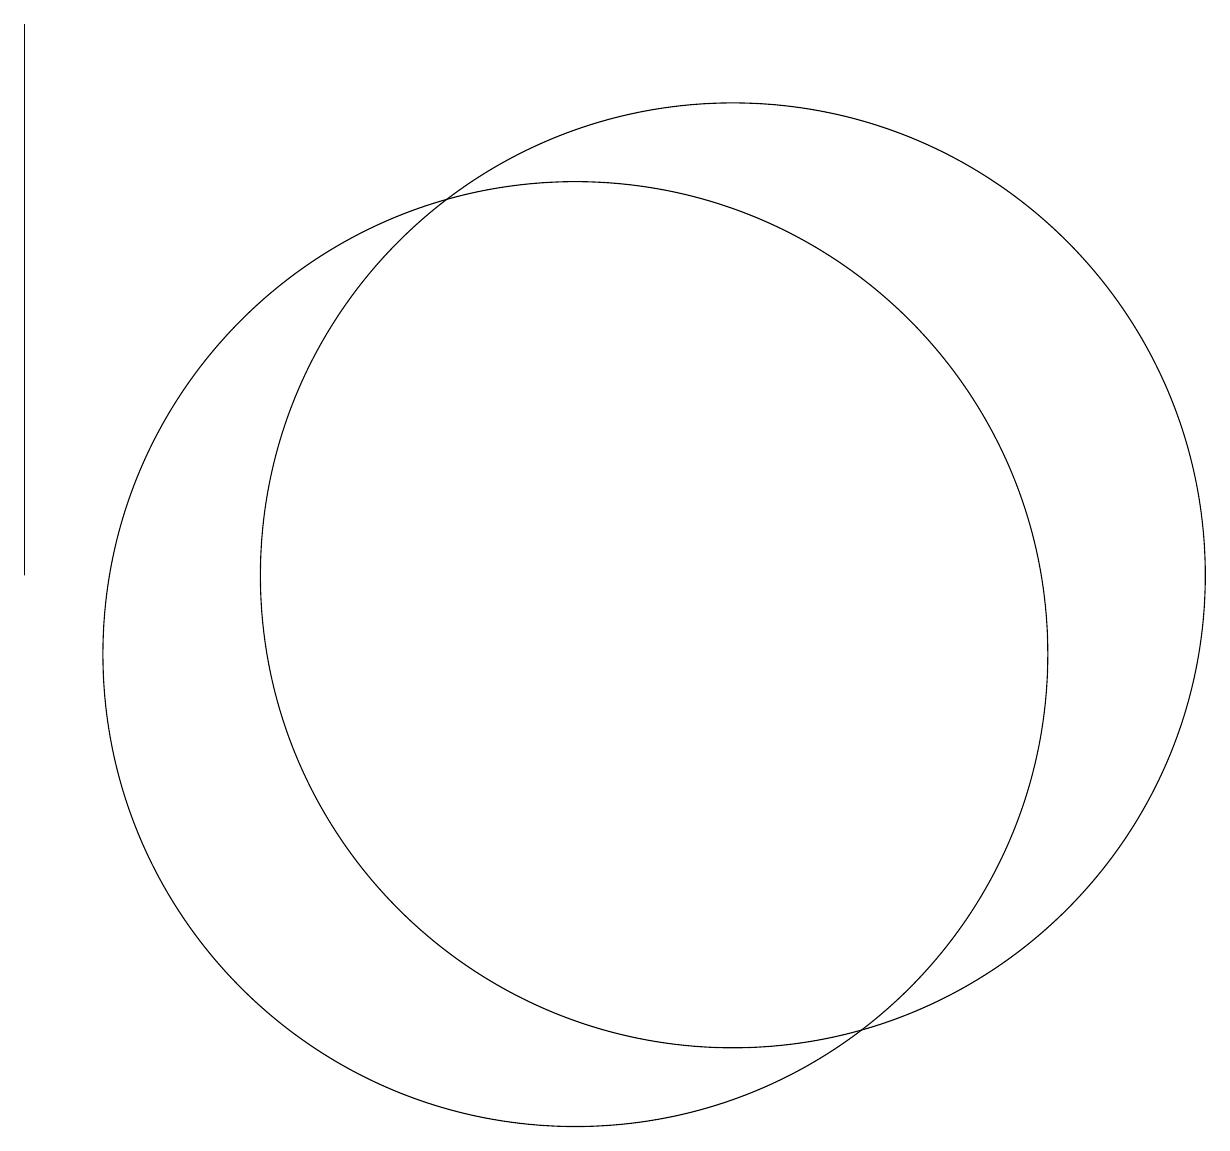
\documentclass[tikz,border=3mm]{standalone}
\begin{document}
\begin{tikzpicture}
\draw (12,11) circle (6);
\draw (3,11) rectangle (3,18);
\draw (10,10) circle (6);
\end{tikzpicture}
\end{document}